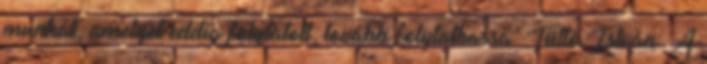
munkát, amelyet eddig folytatott, tovább folytathassa. Tüttő István: A